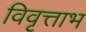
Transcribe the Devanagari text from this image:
विवृत्ताभ